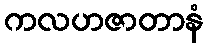
ကလဟဇာတာနံ